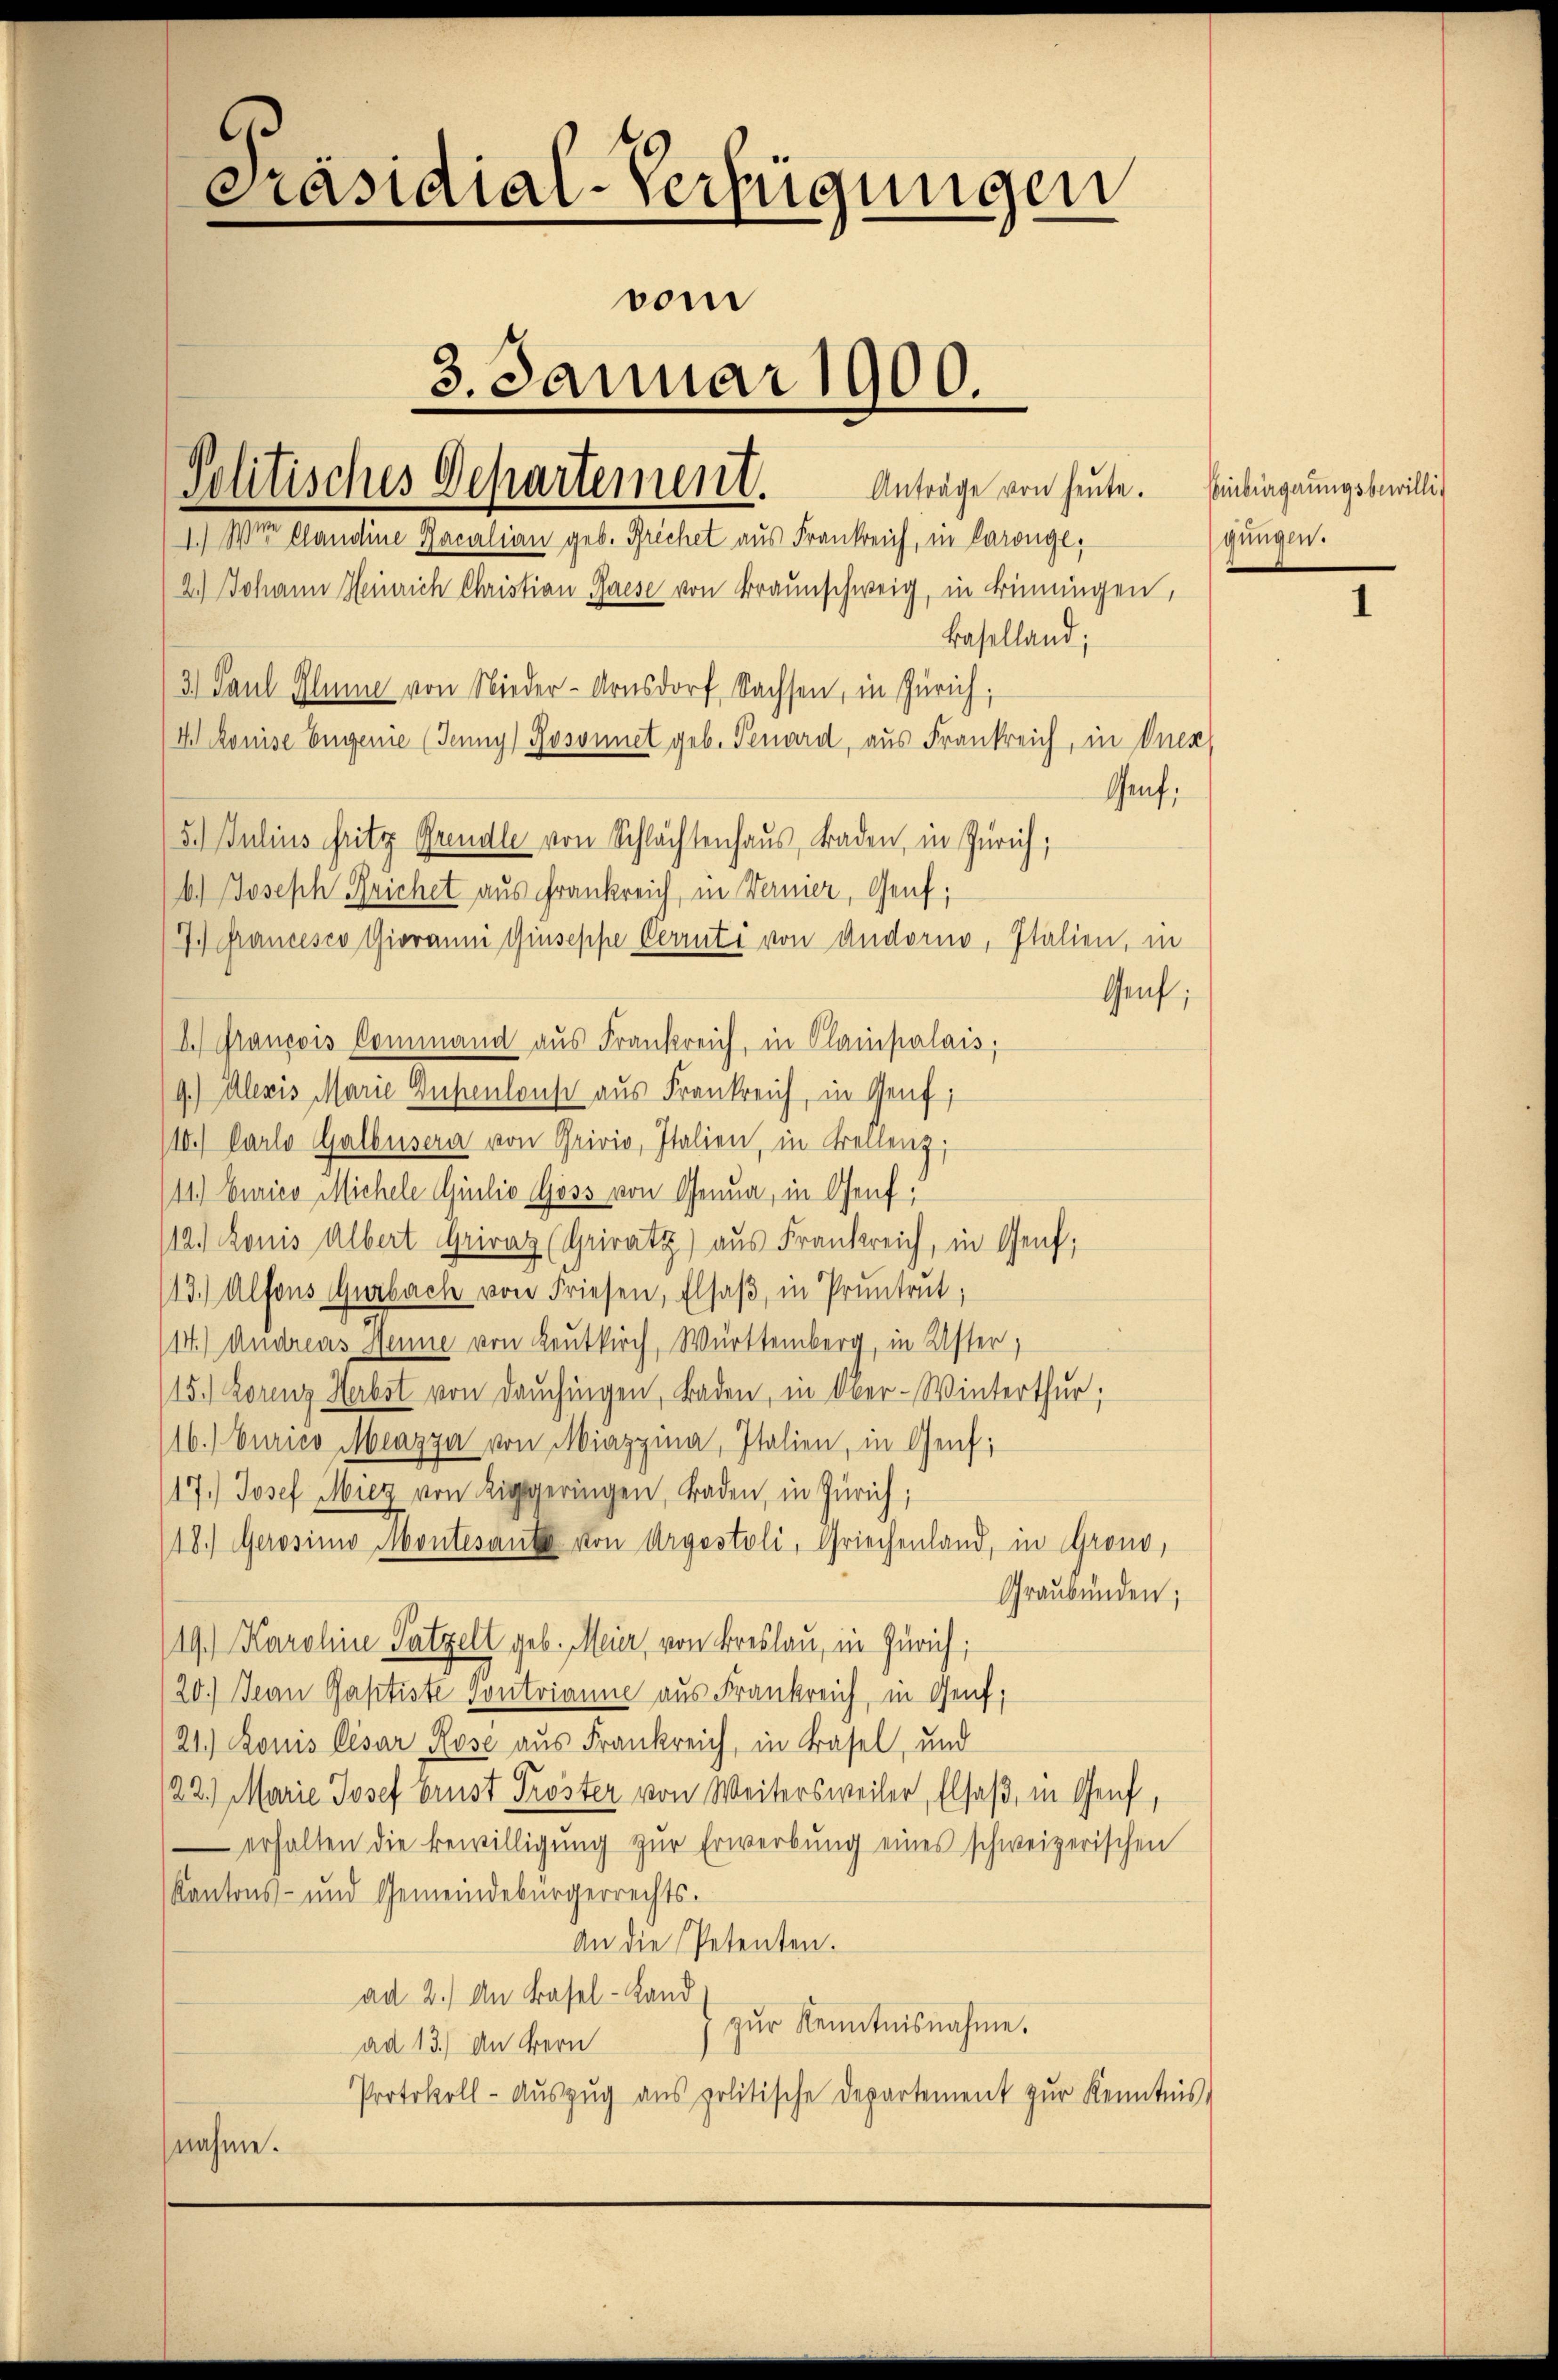
Präsidial-Verfügungen
vom
3. Januar 1900.
Politisches Departement. Anträge von heute. Einlagungsbewillig
1.) Wien Candine Racalian geb. Frechet aus Frankreich, in Carongl,
2.) Johann Heinrich Christian Garese von Braunschweig, in Binnungen,

3.) Paul Klume von Nieder-Arnsdorf, Sachsen, in Zürich,

Ickonise Engenie (Jenny) Rosonnet geb. Genard, aus Frankreich, in Onex
5.) Julius fritz Grandle von Schlachtenhaus, Baden, in Zürich;
b.) Joseph Rrichet aus Frankreich, in Vernier, Genf;

Baselland;
Genf,
7.) Francesco Giovanni Giuseppe Perrüti von Andorno, Italien, in
Genf;
I.) Francois Command aus Frankreich, in Clainpalais;
9.) Alexis Marie Disenlause aus Frankreich, in Genf;
/10.) Carlo Galbusera von Privio, Italien, in Frellenz,
(11.) Eurico Michele Guilio Goss von Genua, in Genf;
11.) Ronis Albert Griraz (Grivatz) aus Frankreich, in Genf;
113.) Alfons Gurbach von Friesen, Elsaß, in Pruntrut;
14.) Andreas Henne von Leutkirch, Württemberg, in Uster,
15.) Lorenz Herbst von Daŭchingen, Baden, in Ober-Winterthur;
16.) Curico Meazza von Miazzina, Italien, in Genf;
17.) Josef Miez von Riggeringen, Baden, in Zürich;
18.) Gerosimo Montesante von Argestoli, Griechenland, in Grono,
Graubünden;
19.) Karoline Patzelt geb. Meier, von Breslau, in Zürich,
20.) Jean Paptiste Pontrianne aus Frankreich, in Genf;
21.) Louis lesar Rose aus Frankreich, in Basel, und
122.) Marie Josef Brust Tröster von Weitersweiler, Elsaß, in Genf,
 erhalten die Bewilligŭng zŭr Erwerbŭng eines schweizerischen
Kantons- und Gemeindebürgerrechts.
An die Petenten.
ad 2.) An Basel-Land
zŭr Kenntnisnahme.
ad 13.) An Bern
Protokoll- Auszug aus politische Departement zur Kenntnis
nahme.

gungen.

1